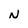
Character: N